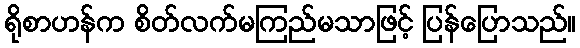
ရိုစာဟန်က စိတ်လက်မကြည်မသာဖြင့် ပြန်ပြောသည်။